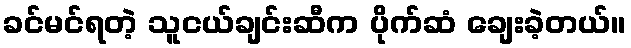
ခင်မင်ရတဲ့ သူငယ်ချင်းဆီက ပိုက်ဆံ ချေးခဲ့တယ်။